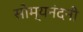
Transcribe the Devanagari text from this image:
सोम्यनंदनी